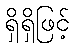
ရှိရှိဖြင့်